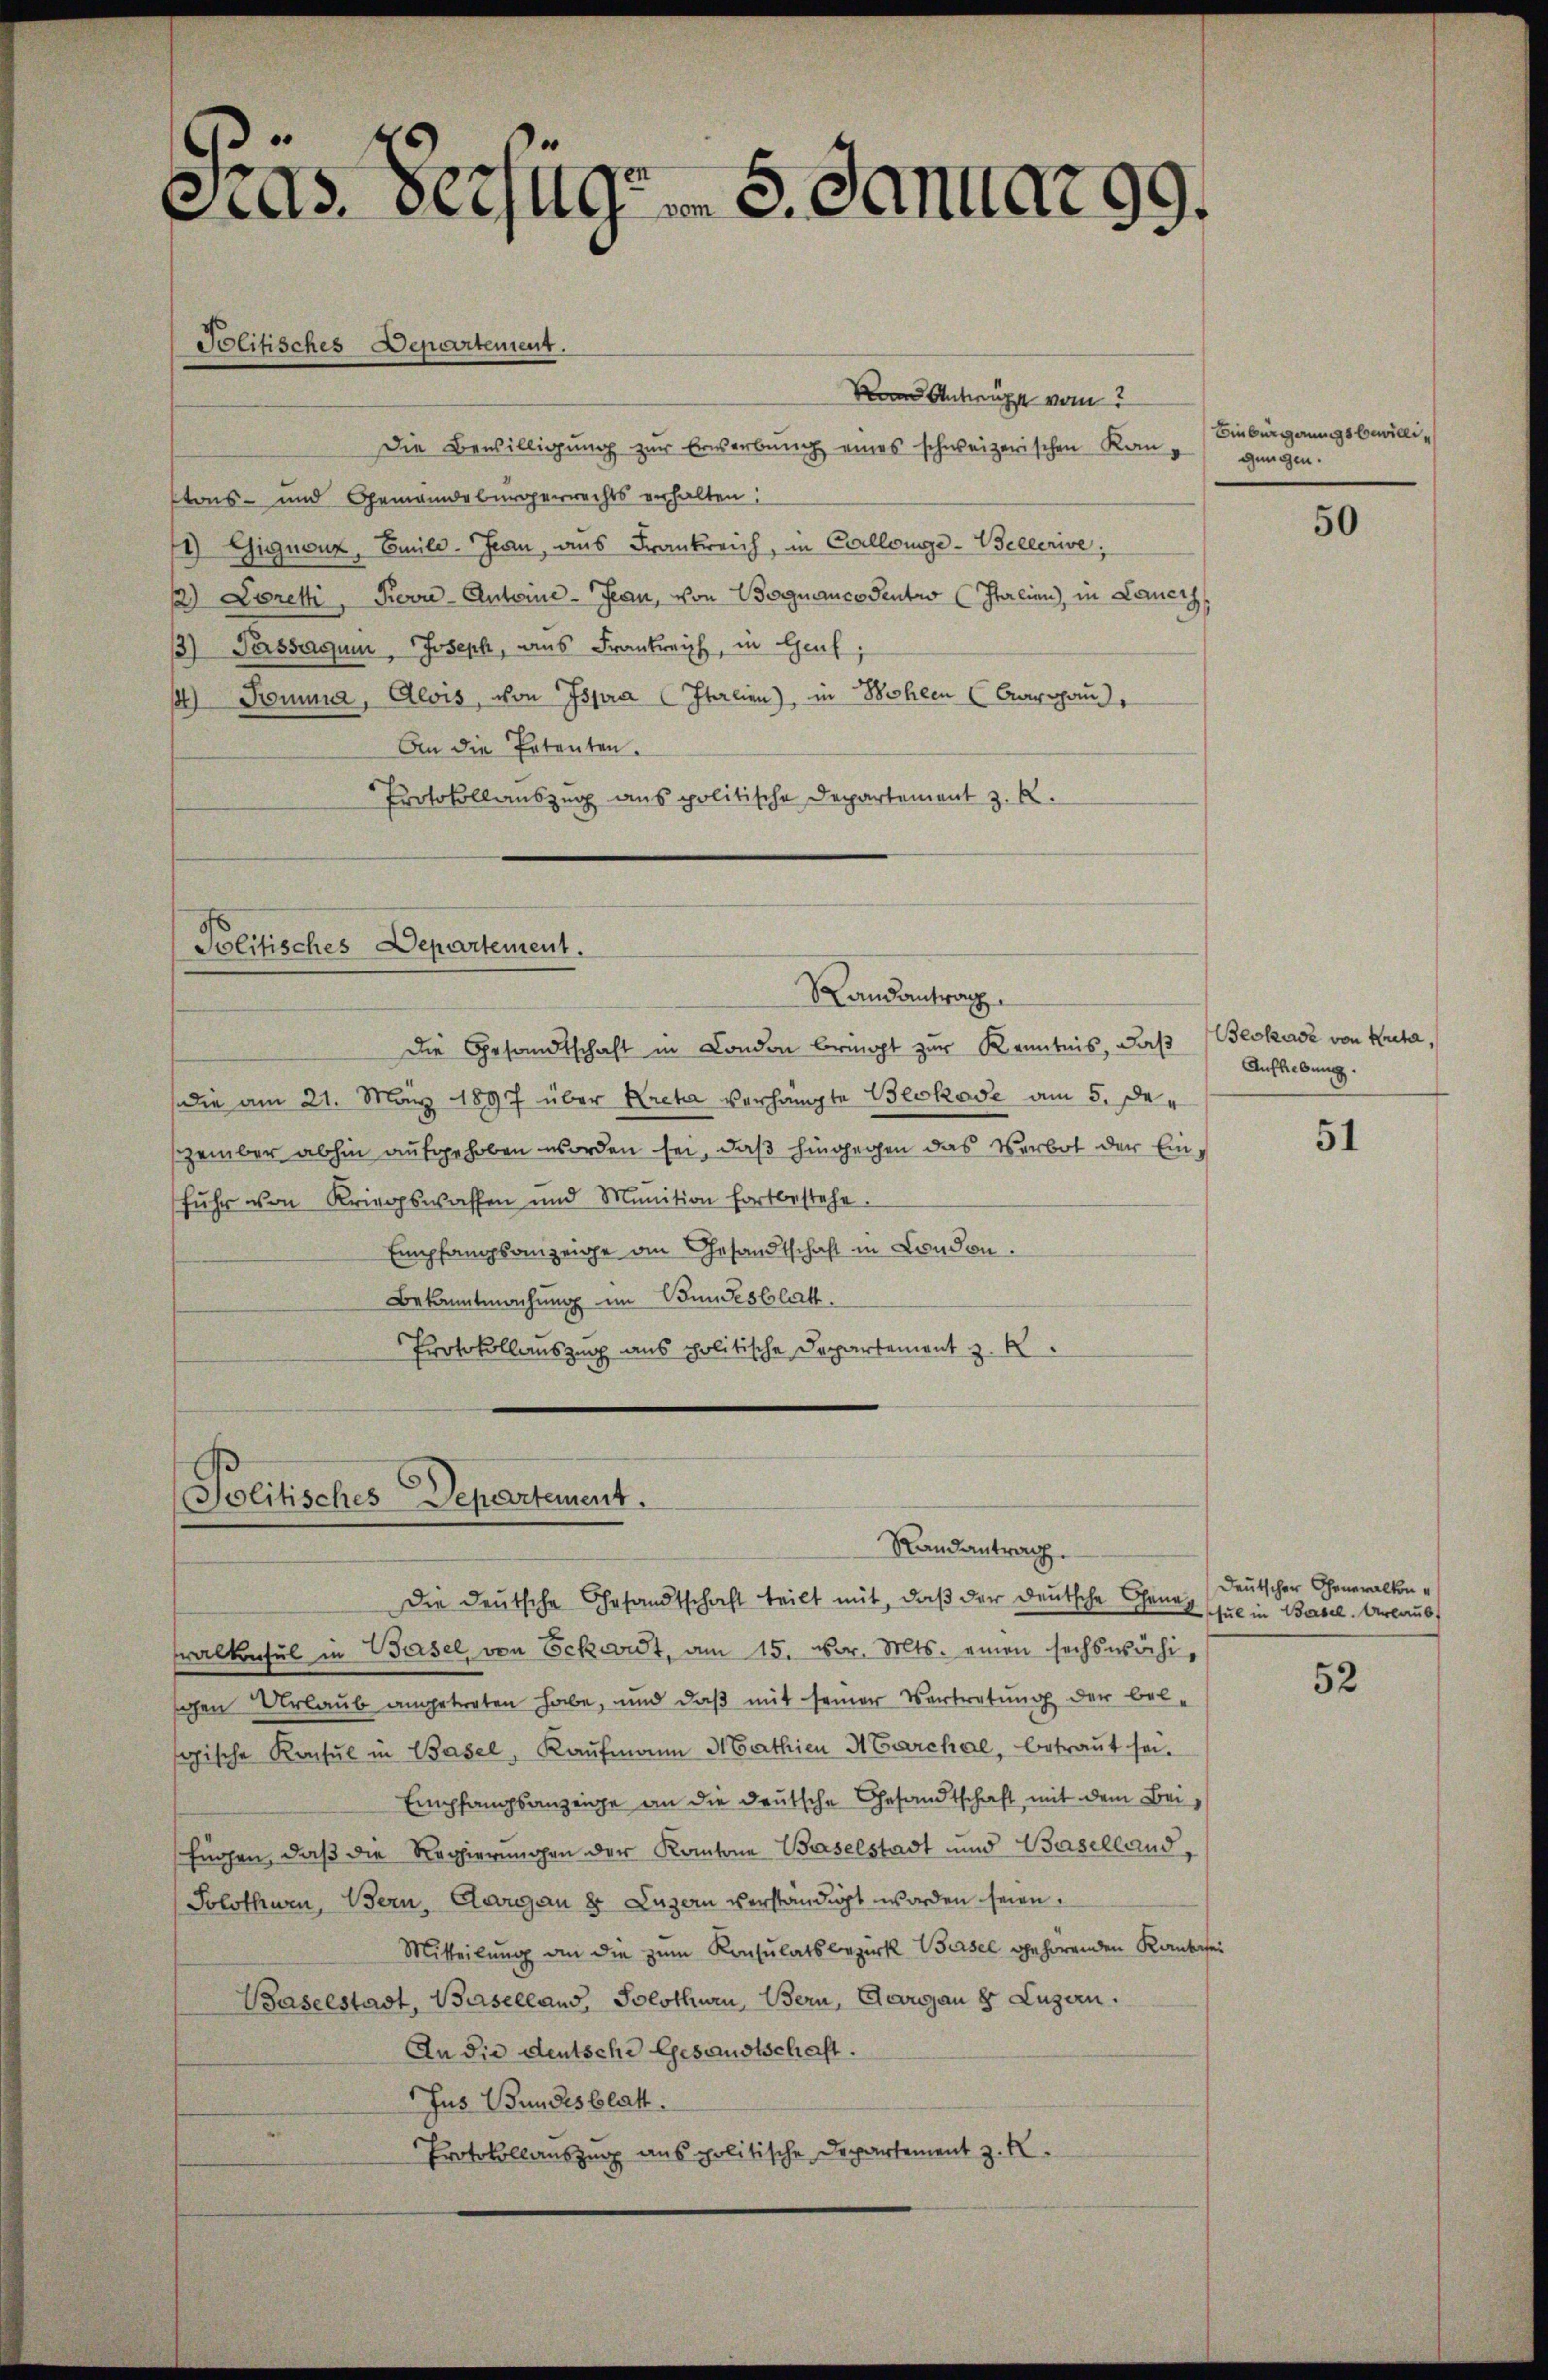
Gras Verzug. 5. Januar 99.
Politisches Departement.
Vom Antwurt vom

Die Bewilligung zur Erwerbung eines schweizerischen Kanstons- und Gemeindebürgerrechts erhalten:
1) Gignonz, Emile. Jean, aus Frankreich, im Collenge-Bellerive,
1) Loret, Provi- Antoine-Jean, von Boggiancosentio (Italien, in Lomech
3) Ferssagen, Joseph, aus Frankreich, in Genf
) Romina, Alois, von Ispra Italien), in Wohlen (Aargau,
An die Petenten.
Protokollauszug aus politische Departement z. B.

Politisches Departement.

Politisches Departement.

Randantrag

Die Gesandtschaft in London bringt zur Kenntnis, daß Beckase von Kuta,
die am 21. März 1897 über Kreta verhängte Blokove am 5. Der
zember abhin aufgehoben worden sei, daß hingegen das Verbot der Einfuhr von Kriegswaffen und Munition fortbestehe.
Empfangsanzeige an Gesandtschaft in London.
Bekanntmachung im Bundesblatt.
Protokollauszug aus politische Departement z. B.

Randantrag.

Die Deutsche Gesandtschaft teilt mit, daβ der deutsche Generaltensul in Basel von Schaut, am 15. vor. Mts. einen sechswöchischen Urlaub angetreten habe, und daß mit seiner Vertretung der bel-
sgische Konsul in Basel, Kaufmann Mathien Marchal, betraut sei.
Empfangsanzeige an die deutsche Gesandtschaft, mit dem Beifügen, daß die Regierungen der Kantone Baselstadt und Baselland,
Solothurn, Bern, Aargau 8 Luzern verständigt worden seien.
Mitteilung an die zum Konsulatsbezirk Basel gehörenden Kautsei
Baselstadt, Baselland, Solothurn, Bern, Georgan 8 Luzern.
An die deutsche Gesandtschaft.
Jus Bundesblatt
Protokollauszug aus politische Departement z. R.

Binbürgungsbewilligungen.

50

Aufhebung.
51

Deutscher Generalkonsul in Basel. Urlaubt

52